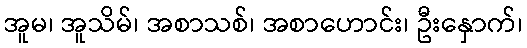
အူမ၊ အူသိမ်၊ အစာသစ်၊ အစာဟောင်း၊ ဦးနှောက်၊